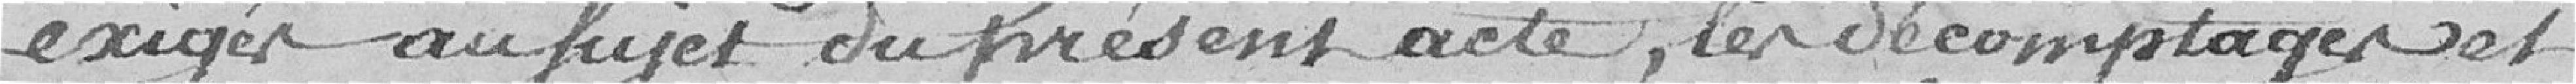
exigés au sujet du présent acte, les décomptages et